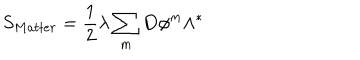
LaTeX: S _ { M a t t e r } = \frac { 1 } { 2 } \lambda \sum _ { m } \mathbf { D } \phi ^ { m } \wedge ^ { \ast }